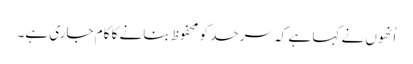
اُنھوں نے کہا ہے کہ سرحد کو محفوظ بنانے کا کام جاری ہے۔